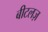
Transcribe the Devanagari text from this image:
बीटलज़